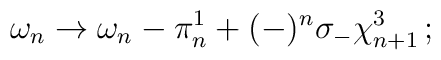
\omega_n \to \omega_n - \pi_n^1 + (-)^n \sigma_- \chi_{n+1}^3 \, ;